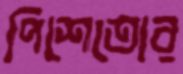
পিশেতোর